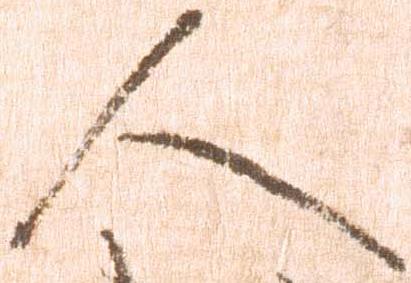
人